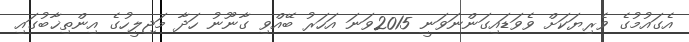
އެގައުމުގެ ވެރިޔަކަށް ވެވަޑައިގަންނަވަނީ 2015ވަނަ އަހަރު ބޭއްވި ގާނޫނު ހަދާ މަޖިލީހުގެ އިންތިޚާބުގައި